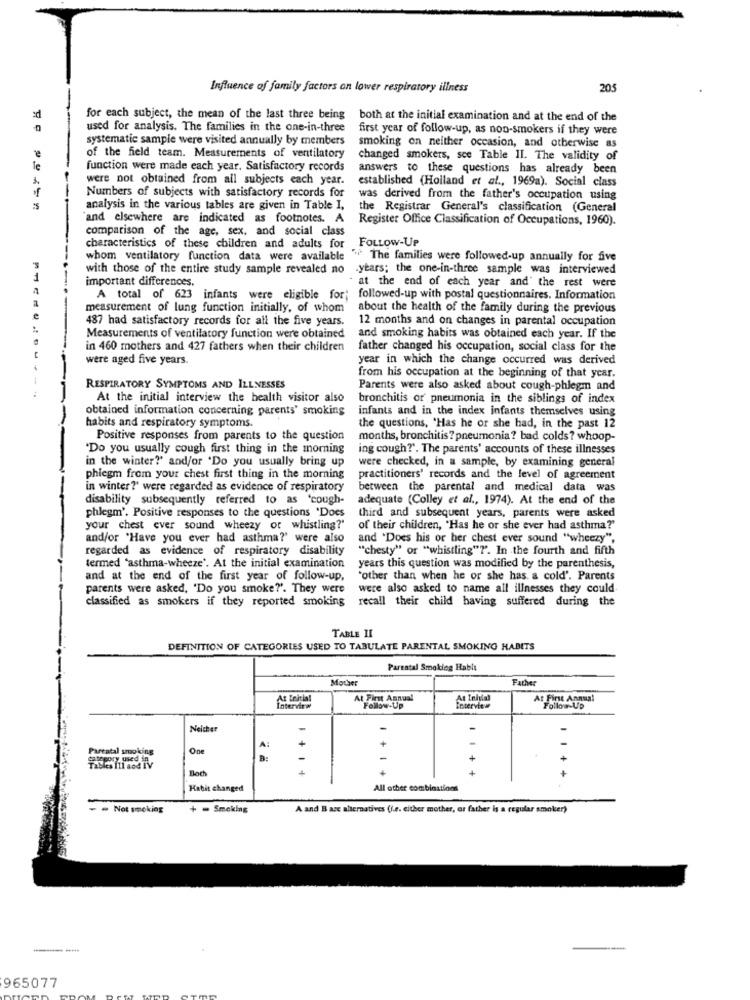
Influence of family factors an lower respiratory illness
205
for each subject, the mean of the last three being
both at the initial examination and at the end of the
used for analysis. The families in the one-in-three
first year of follow-up, as non-smokers if they were
systematic sample were visited annually by members
smoking on neither occasion, and otherwise as
of the field team. Measurements of ventilatory
changed smokers, see Table II. The validity of
le
function were made each year. Satisfactory records
answers to these questions has already been
were not obtained from all subjects each year.
established (Holland et al ., 1969a). Social class
Numbers of subjects with satisfactory records for
was derived from the father's occupation using
analysis in the various tables are given in Table I,
the Registrar General's classification (General
---
and elsewhere are indicated as footnotes. A
Register Office Classification of Occupations, 1960).
comparison of the age, sex, and social class
FOLLOW-UP
characteristics of these children and adults for
whom ventilatory function data were available
The families were followed-up annually for five
with those of the entire study sample revealed no .years; the one-in-three sample was interviewed
1
important differences.
at the end of each year and' the rest were
---
A total of 623 infants were eligible for;
followed-up with postal questionnaires. Information
measurement of lung function initially, of whom
about the health of the family during the previous
487 had satisfactory records for all the five years.
12 months and on changes in parental occupation
Measurements of ventilatory function were obtained
and smoking habits was obtained each year. If the
in 460 mothers and 427 fathers when their children
father changed his occupation, social class for the
were aged five years.
year in which the change occurred was derived
from his occupation at the beginning of that year.
RESPIRATORY SYMPTOMS AND ILLNESSES
Parents were also asked about cough-phlegm and
At the initial interview the health visitor also
bronchitis or pneumonia in the siblings of index
obtained information concerning parents' smoking
infants and in the index infants themselves using
habits and respiratory symptoms.
the questions, 'Has he or she had, in the past 12
Positive responses from parents to the question
months, bronchitis ? pneumonia? bad colds? whoop-
"Do you usually cough first thing in the morning
ing cough?'. The parents' accounts of these illnesses
in the winter?' and/or 'Do you usually bring up
were checked, in a sample, by examining general
phicgm from your chest first thing in the morning
practitioners' records and the level of agreement
in winter?' were regarded as evidence of respiratory
between the parental and medical data was
disability subsequently referred to as 'cough-
adequate (Colley et al ., 1974). At the end of the
phlegm'. Positive responses to the questions "Does
third and subsequent years, parents were asked
your chest ever sound wheezy or whistling?'
of their children, "Has he or she ever had asthma?"
and/or "Have you ever had asthma?' were also
and 'Does his or her chest ever sound "wheezy",
regarded as evidence of respiratory disability
"chesty" or "whistling"?". In the fourth and fifth
termed "asthma-wheeze'. At the initial examination
years this question was modified by the parenthesis,
and at the end of the first year of follow-up,
"other than when he or she has a cold'. Parents
parents were asked, 'Do you smoke?'. They were
were also asked to name all illnesses they could
classified as smokers if they reported smoking
recall their child having suffered during the
TABLE II
DEFINITION OF CATEGORIES USED TO TABULATE PARENTAL SMOKING HABITS
Parental Smoking Hable
Mother
Father
At First Annual
At Initial
At First Annual
Interview
Follow-Up
Interview
Follow-UP
Neither
Parental smoking
One
Depory used in
TIMies 111 and IV
Boch
Habit changed
All other combinations
- - Not smoking
+ - Smoking
A and B are alternatives (I.e. either mother, ar father is a regular smoker)
965077